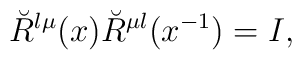
\breve{R}^{\l\mu}(x)\breve{R}^{\mu\l}(x^{-1})=I,